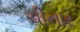
ચીનાર